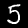
Digit: 5